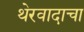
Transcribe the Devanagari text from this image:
थेरवादाचा